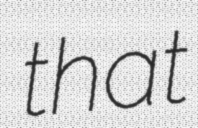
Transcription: that